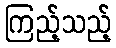
ကြည့်သည့်